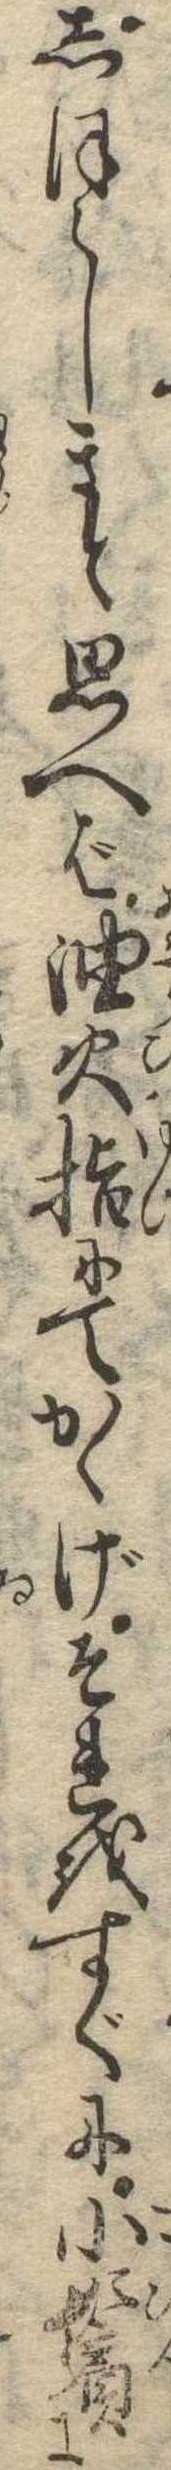
しほらしきと思へば油火指にてかゝげそれをすぐに小鬢に